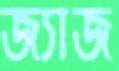
জ্যাজ